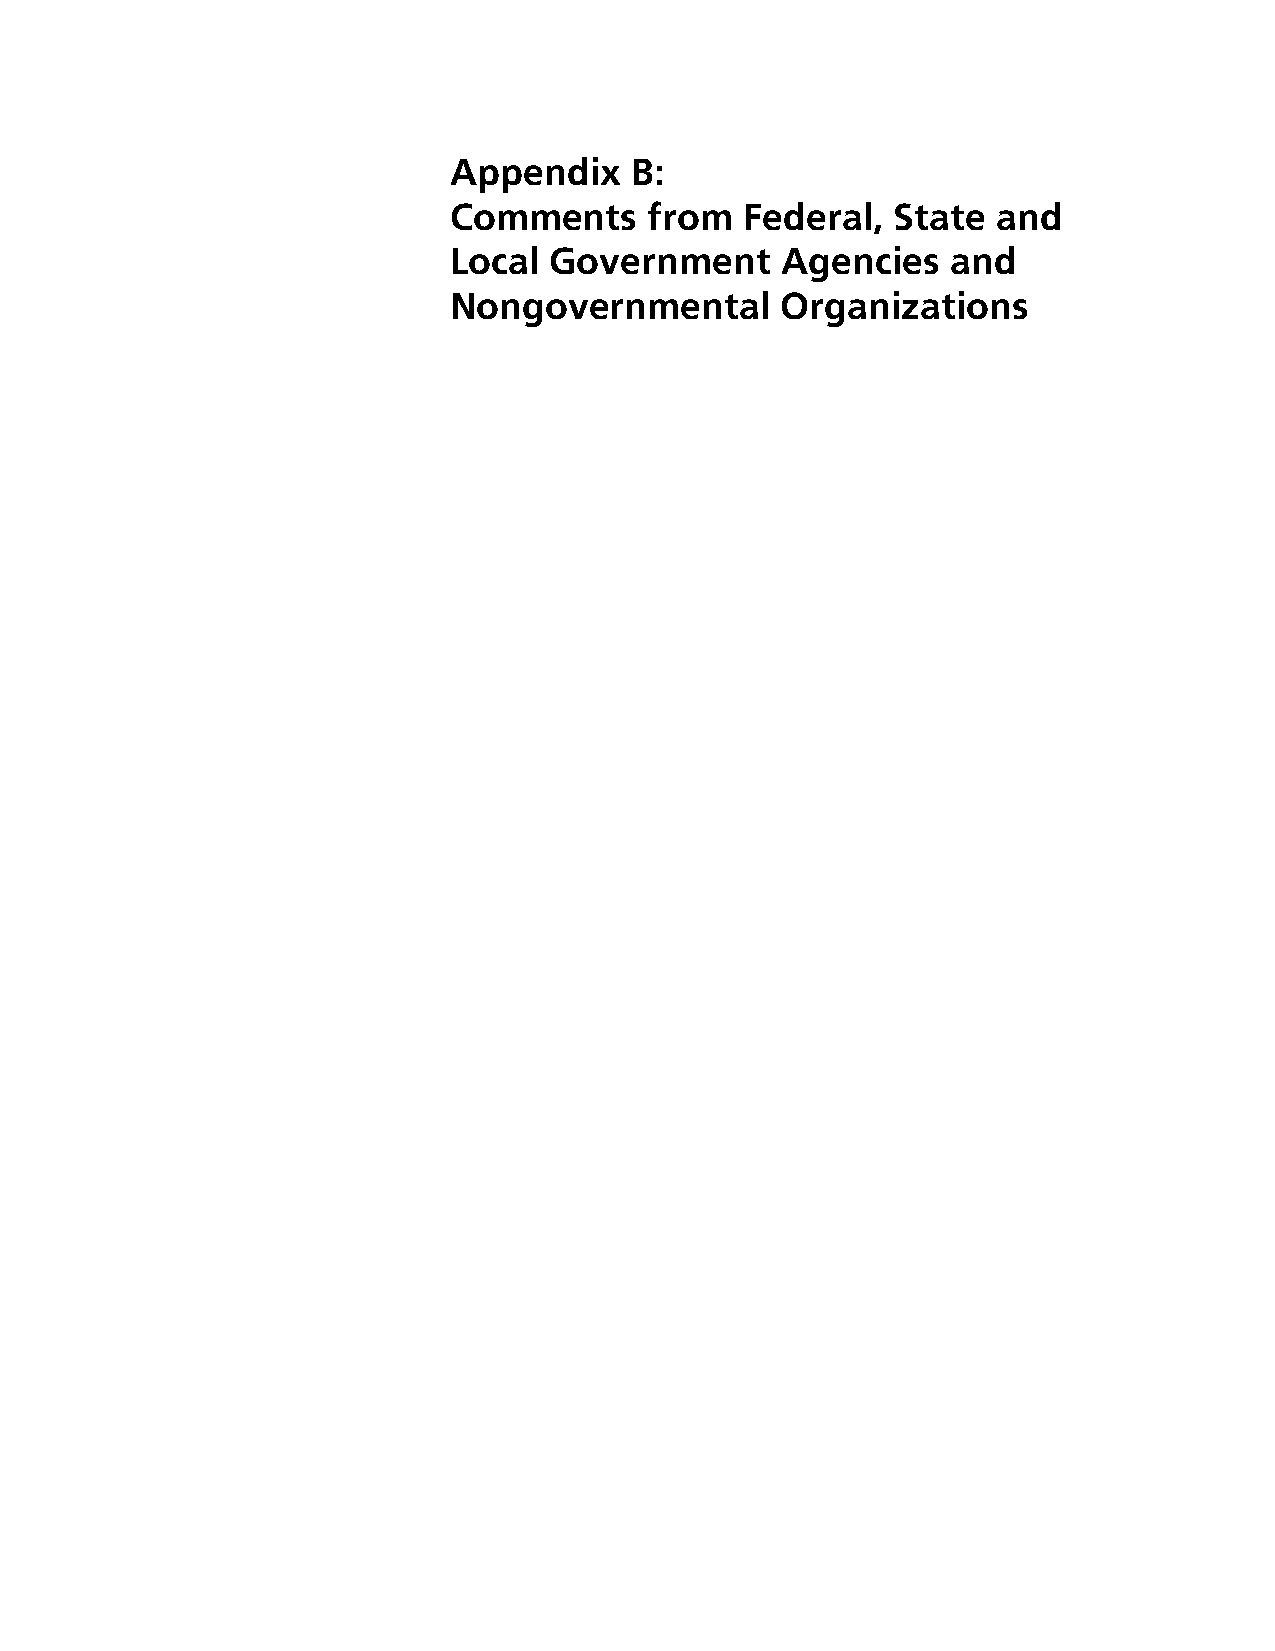
Appendix    B:
 Comments     from  Federal,  State  and
 Local Government      Agencies   and
 Nongovernmental       Organizations